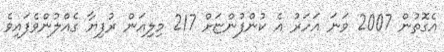
އެގޮތުން 2007 ވަނަ އަހަރު އެ ކުންފުންޏަށް 217 މިލިއަން ރުފިޔާ ގެއްލުންވެފައިވެ